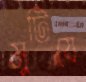
মুটিয়ে